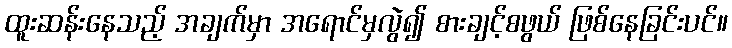
ထူးဆန်းနေသည့် အချက်မှာ အရောင်မှလွဲ၍ စားချင့်စဖွယ် ဖြစ်နေခြင်းပင်။